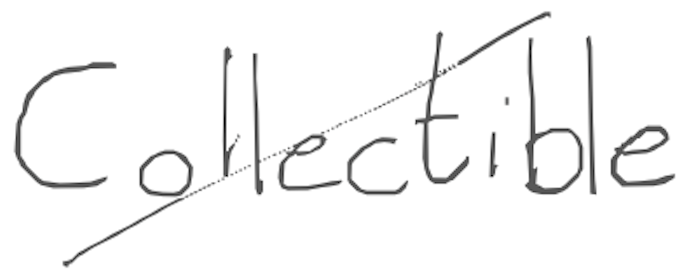
Text: Collectible
Cross-out: diagonal
Writing tool: digital_gray